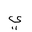
Letter: _ya